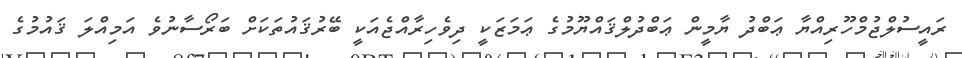
ރައީސުލްޖުމްހޫރިއްޔާ ޢަބްދު ޔާމީން ޢަބްދުލްޤައްޔޫމުގެ ޢަމަޒަކީ ދިވެހިރާއްޖެއަކީ ބޭރުޤައުުތަކަށް ބަރޯސާނުވެ އަމިއްލަ ޤައުމުގެ